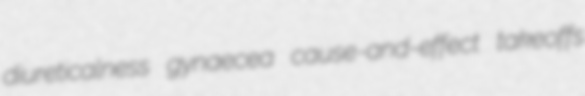
diureticalness gynaecea cause-and-effect takeoffs